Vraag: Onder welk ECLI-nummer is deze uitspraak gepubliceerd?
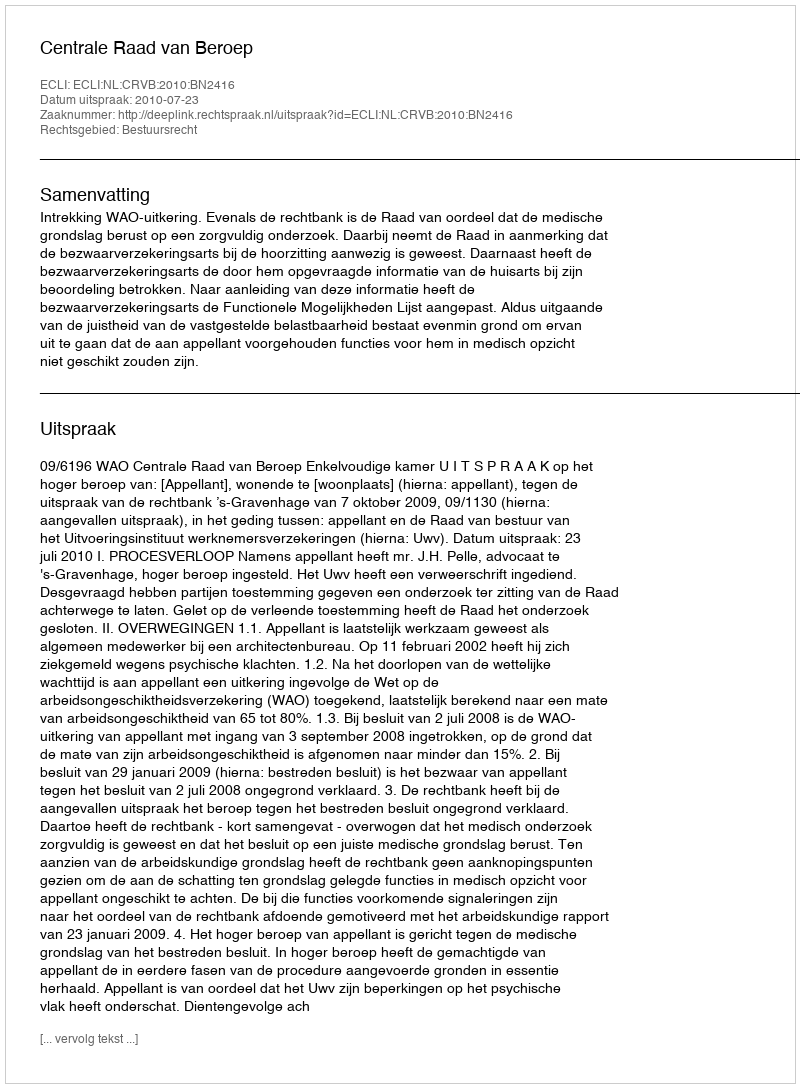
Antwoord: ECLI:NL:CRVB:2010:BN2416